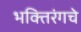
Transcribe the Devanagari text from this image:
भक्तिरंगचे